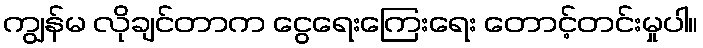
ကျွန်မ လိုချင်တာက ငွေရေးကြေးရေး တောင့်တင်းမှုပါ။